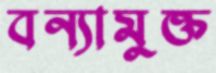
বন্যামুক্ত